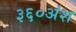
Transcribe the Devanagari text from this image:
३६०अंश